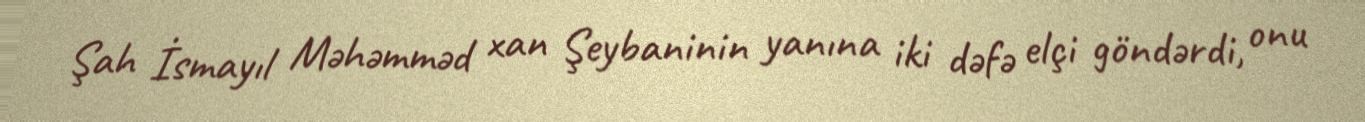
Şah İsmayıl Məhəmməd xan Şeybaninin yanına iki dəfə elçi göndərdi, onu